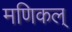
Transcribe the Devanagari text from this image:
मणिकल्